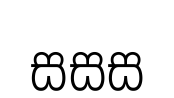
සසස